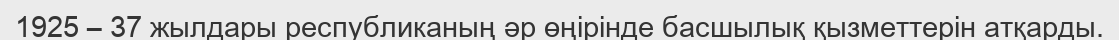
1925 – 37 жылдары республиканың әр өңірінде басшылық қызметтерін атқарды.